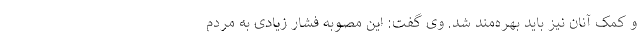
و کمک آنان نیز باید بهره‌مند شد. وی گفت: این مصوبه فشار زیادی به مردم